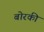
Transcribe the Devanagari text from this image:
बोरकी